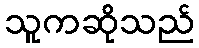
သူကဆိုသည်